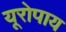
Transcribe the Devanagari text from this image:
यूरोपाय